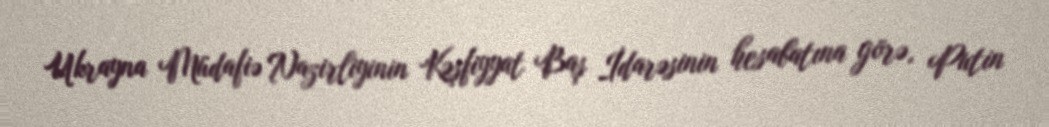
Ukrayna Müdafiə Nazirliyinin Kəşfiyyat Baş İdarəsinin hesabatına görə, Putin